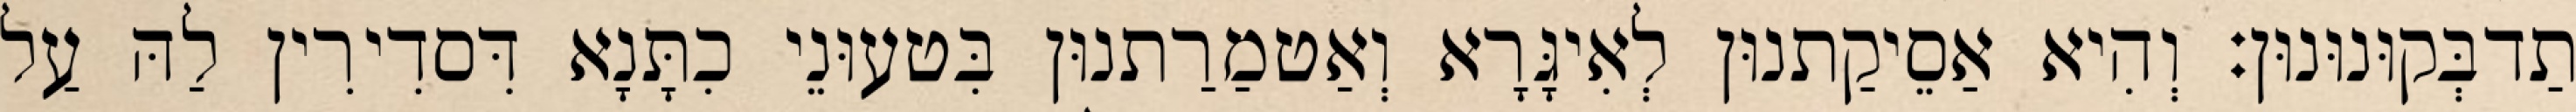
תַדבְּקוּנוּנוּן׃ וְהִיא אַסֵיקַתנוּן לְאִיגָּרָא וְאַטמַרַתנוּן בִּטעוּנֵי כִתָּנָא דִּסדִירִין לַהּ עַל